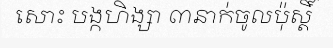
សោះ បង្កហិង្សា ៣នាក់ចូលប៉ុស្តិ៍